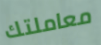
معاملتك